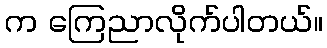
က ကြေညာလိုက်ပါတယ်။